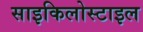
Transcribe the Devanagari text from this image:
साइकिलोस्टाइल